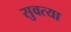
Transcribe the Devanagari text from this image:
सुवत्या